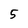
Character: 5